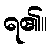
ရ၏။